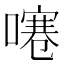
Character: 𠽱